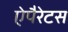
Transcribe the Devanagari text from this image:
ऐपैरेटस